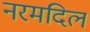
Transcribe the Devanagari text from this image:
नरमदिल